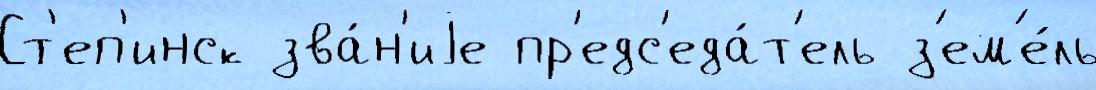
Ст'еп'инск зва́н'иjе пр'едс'еда́т'ель з'ем'е́ль